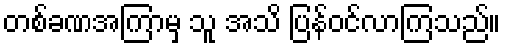
တစ်ခဏအကြာမှ သူ အသိ ပြန်ဝင်လာကြသည်။